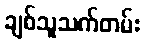
ချစ်သူသက်တမ်း